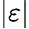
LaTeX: \vert\varepsilon\vert